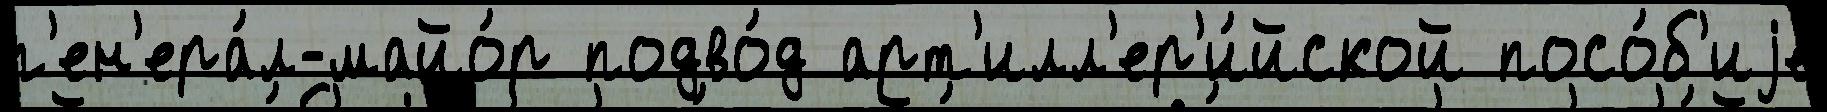
г'ен'ера́л-майо́р подво́д арт'илл'ер'и́йской посо́б'иjе